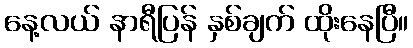
နေ့လယ် နာရီပြန် နှစ်ချက် ထိုးနေပြီ။